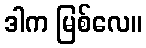
ဒါက မြစ်လေ။